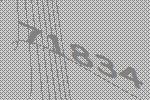
71834